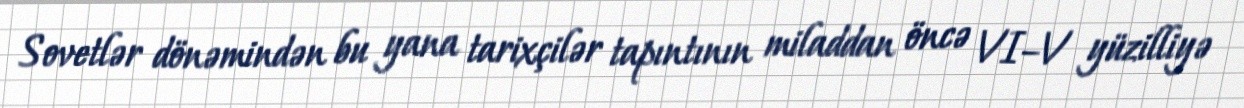
Sovetlər dönəmindən bu yana tarixçilər tapıntının miladdan öncə VI–V yüzilliyə